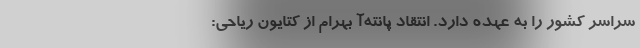
سراسر کشور را به عهده دارد. انتقاد پانته‌آ بهرام از کتایون ریاحی: